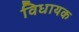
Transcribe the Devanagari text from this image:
विधायक